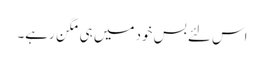
اس لئے بس خود میں ہی مگن رہے۔